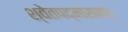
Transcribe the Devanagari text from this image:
श्वेतपद्मासना॥